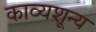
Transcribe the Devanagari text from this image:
काव्यशून्य